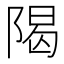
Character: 𫕈